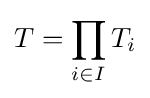
T=\prod _{i\in I}T_{i}